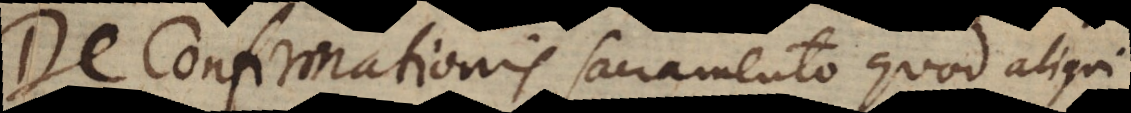
De Confirmationis sacramento quod aliqui